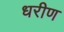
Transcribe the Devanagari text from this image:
धरीण